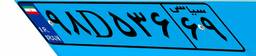
۸۷D۸۱۸۶۰